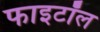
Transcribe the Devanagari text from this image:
फाइटॉल